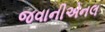
જવાનીએનલ